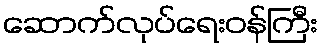
ဆောက်လုပ်ရေးဝန်ကြီး